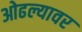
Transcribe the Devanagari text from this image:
ओढल्यावर